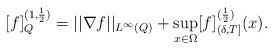
LaTeX: \begin{align*}[f]^{(1,\frac{1}{2})}_{Q}=||\nabla f||_{L^{\infty}(Q)}+\sup_{x\in \Omega}[f]_{(\delta,T]}^{(\frac{1}{2})}(x).\end{align*}